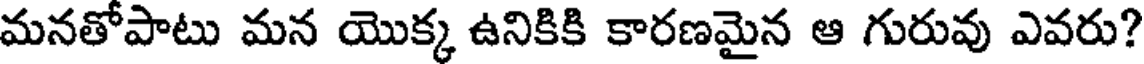
మనతోపాటు మన యొక్క ఉనికికి కారణమైన ఆ గురువు ఎవరు?